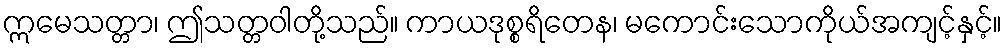
ဣမေသတ္တာ၊ ဤသတ္တဝါတို့သည်။ ကာယဒုစ္စရိတေန၊ မကောင်းသောကိုယ်အကျင့်နှင့်။